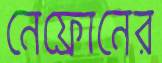
নেফ্রোনের